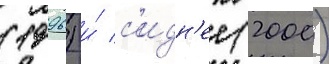
(1996) и́ с'идн'ее (2000)